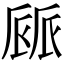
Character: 𠃄